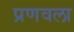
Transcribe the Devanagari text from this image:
प्रणवला